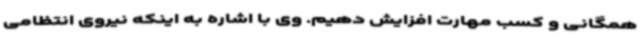
همگانی و کسب مهارت افزایش دهیم. وی با اشاره به اینکه نیروی انتظامی